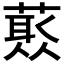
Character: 𱾜